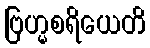
ဗြဟ္မစရိယေတိ